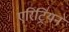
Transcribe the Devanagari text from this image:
एरिट्रियन